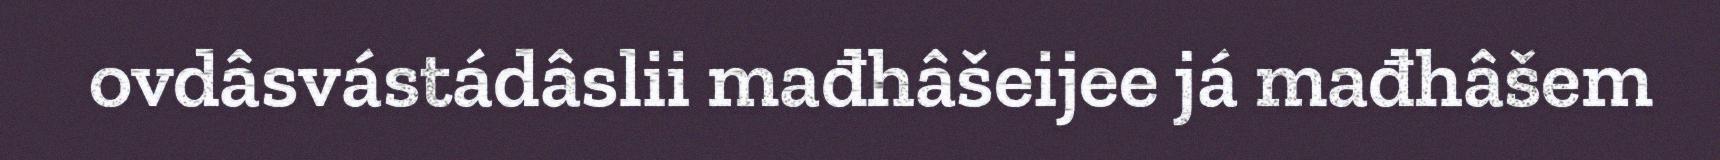
ovdâsvástádâslii mađhâšeijee já mađhâšem